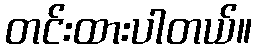
တင်းထားပါတယ်။